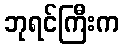
ဘုရင်ကြီးက